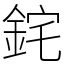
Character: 䤩